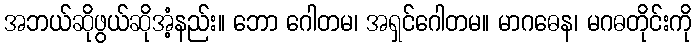
အဘယ်ဆိုဖွယ်ဆိုအံ့နည်း။ ဘော ဂေါတမ၊ အရှင်ဂေါတမ။ မာဂဓေန၊ မဂဓတိုင်းကို